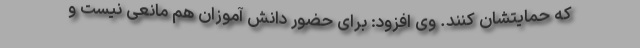
که حمایتشان کنند. وی افزود: برای حضور دانش آموزان هم مانعی نیست و